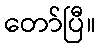
တော်ပြီ။